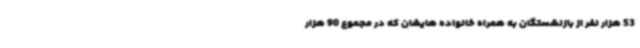
53 هزار نفر از بازنشستگان به همراه خانواده هایشان که در مجموع 90 هزار